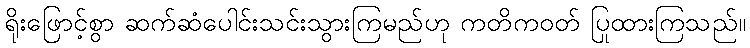
ရိုးဖြောင့်စွာ ဆက်ဆံပေါင်းသင်းသွားကြမည်ဟု ကတိကဝတ် ပြုထားကြသည်။